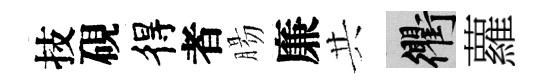
技硯得者腸廉共衢蘿